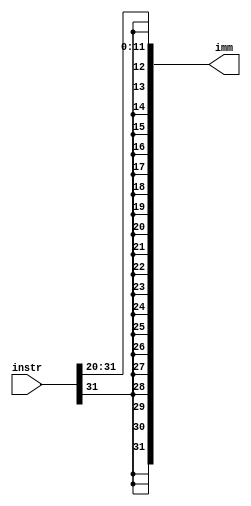
module imm_gen (
    input wire [31:0] instr,   // The instruction
    output wire [31:0] imm     // The sign-extended immediate value
);

    // Extracts the immediate from bits [31:20] and sign-extends it
    assign imm = {{20{instr[31]}}, instr[31:20]};

endmodule